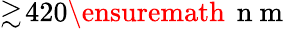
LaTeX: \gtrsim\! 420\ensuremath{\, \mathrm{~n~m~}}